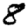
Digit: 8